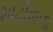
માટીવાળા